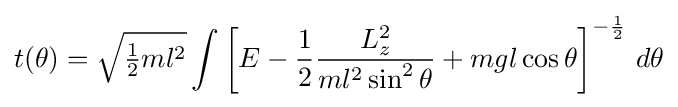
t(\theta )={\sqrt {{\tfrac {1}{2}}ml^{2}}}\int \left[E-{\frac {1}{2}}{\frac {L_{z}^{2}}{ml^{2}\sin ^{2}\theta }}+mgl\cos \theta \right]^{-{\frac {1}{2}}}\,d\theta